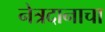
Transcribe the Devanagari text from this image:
नेत्रदानाचा